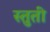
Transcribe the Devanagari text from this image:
स्‍तुती